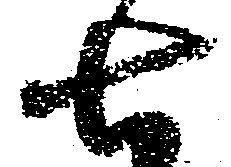
七